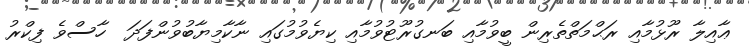
ޢާއިލާ ރޫޅުމާއި ރަޙްމަތްތެރިން ބީވުމާއި ބަނގުރޫޓުވުމާއި ކިޔެވުމުގައި ނާކާމިޔާބުވުންފަދަ  ހާސްވެ ފިކްރު